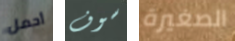
أحمل سوف الصغيرة